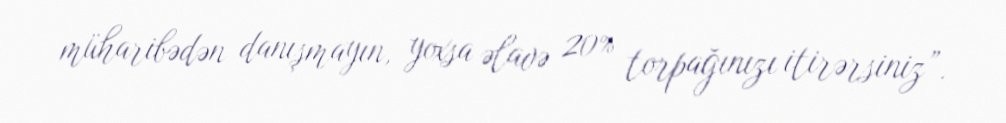
müharibədən danışmayın, yoxsa əlavə 20% torpağınızı itirərsiniz”.